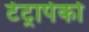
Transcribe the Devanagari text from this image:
टेट्रापेको